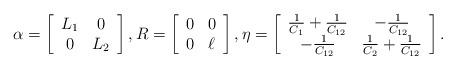
LaTeX: \begin{align*}\alpha=\left[\begin{array}[c]{cc}L_{1} & 0\\0 & L_{2}\end{array}\right] ,R=\left[\begin{array}[c]{cc}0 & 0\\0 & \ell\end{array}\right] ,\eta=\left[\begin{array}[c]{cc}\frac{1}{C_{1}}+\frac{1}{C_{12}} & -\frac{1}{C_{12}}\\-\frac{1}{C_{12}} & \frac{1}{C_{2}}+\frac{1}{C_{12}}\end{array}\right] . \end{align*}